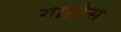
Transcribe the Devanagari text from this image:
गाय्रोस